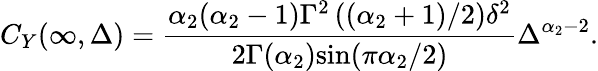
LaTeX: C_{Y}(\infty,\Delta)=\frac{\alpha_{2}(\alpha_{2}-1)\Gamma^{2}\left((\alpha_{2}+1)/2\right)\delta^{2}}{2\Gamma(\alpha_{2})\mathrm{sin}(\pi\alpha_{2}/2)}\Delta^{\alpha_{2}-2}.